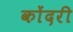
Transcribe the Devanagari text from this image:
कोंदरी